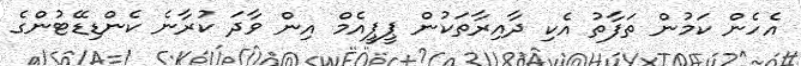
އެހެން ކަމުން ތަފާތު އެކި ދާއިރާތަކުން ޕީޕީއެމް އިން ވާދަ ކުރާނެ ކެންޑިޑޭޓުންގެ